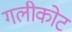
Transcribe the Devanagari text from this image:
गलीकोट